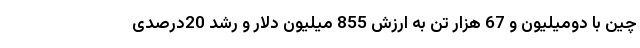
چین با دومیلیون و 67 هزار تن به ارزش 855 میلیون دلار و رشد 20درصدی